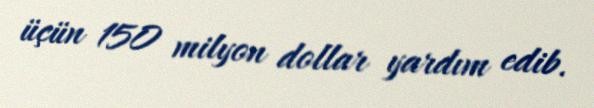
üçün 150 milyon dollar yardım edib.